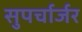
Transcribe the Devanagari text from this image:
सुपर्चार्जर